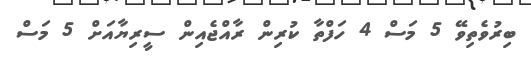
ބިރުވެތިވޭ 5 މަސް 4 ހަފްތާ ކުރިން ރާއްޖެއިން ސީރިޔާއަށް 5 މަސް